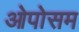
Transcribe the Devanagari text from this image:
ओपोसम